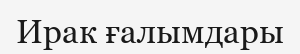
Ирак ғалымдары